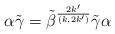
LaTeX: \begin{align*}\alpha \tilde{\gamma}=\tilde{\beta}^{\frac{2k'}{(k,2k')}} \tilde{\gamma} \alpha\end{align*}